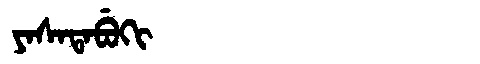
Manchu: ᠶᠠᠰᠠᡨᠠᠪᡠᡴᡳ
Romanization: YASATABUKI